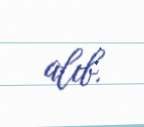
alıb.